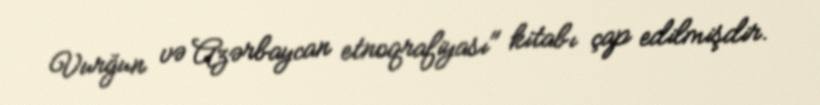
Vurğun və Azərbaycan etnoqrafiyası" kitabı çap edilmişdir.